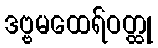
ဒဗ္ဗမထေရ်ဝတ္ထု